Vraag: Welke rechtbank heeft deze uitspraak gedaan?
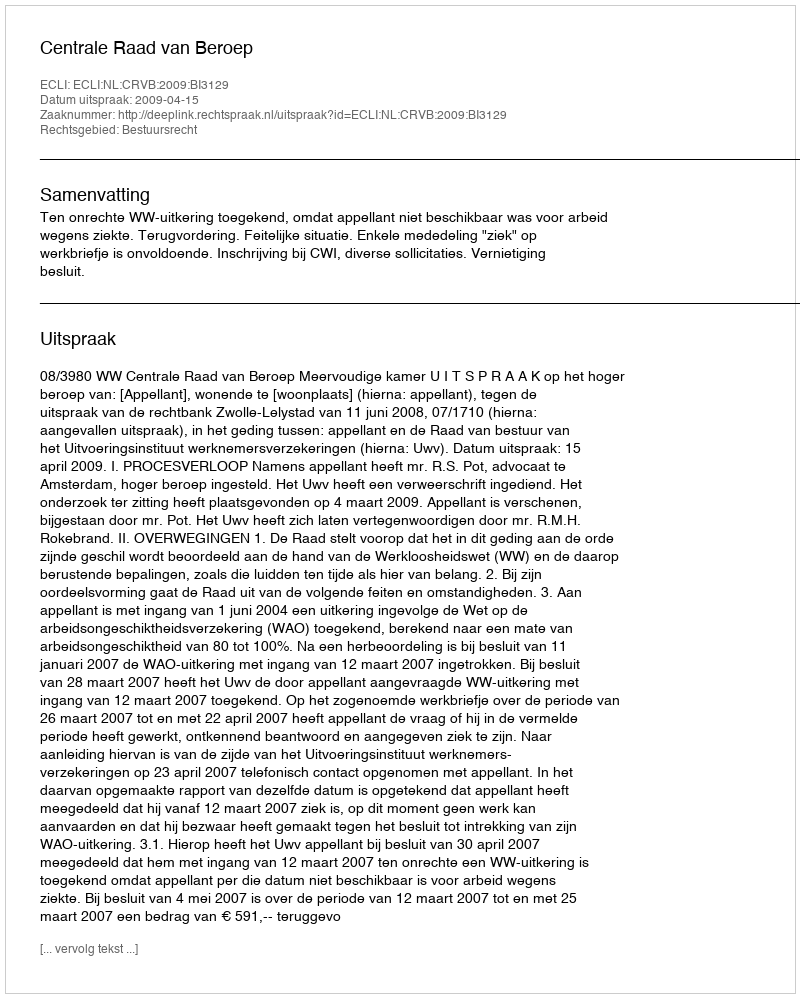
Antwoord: Centrale Raad van Beroep